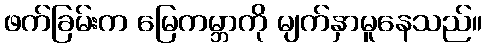
ဖက်ခြမ်းက မြေကမ္ဘာကို မျက်နှာမူနေသည်။